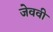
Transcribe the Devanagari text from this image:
जेववी